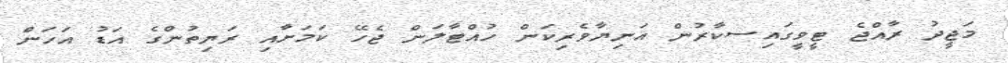
މަޖީދު ރާއްޖެ ޓީވީގައިސކާރުން އަނިޔާވެރިކަން ހުއްޓާލަން ޖެހޭ ކަމަށާއި ރަޔިތުންގެ އަޑު އަހަން